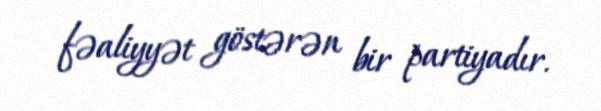
fəaliyyət göstərən bir partiyadır.